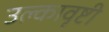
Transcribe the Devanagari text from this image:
उल्कावृष्टी